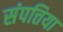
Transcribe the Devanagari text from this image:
संपत्तिया